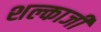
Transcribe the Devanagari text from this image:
शल्काजी